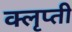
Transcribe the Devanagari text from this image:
क्लृप्ती